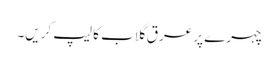
چہرے پر عرق گلاب کا لیپ کریں۔